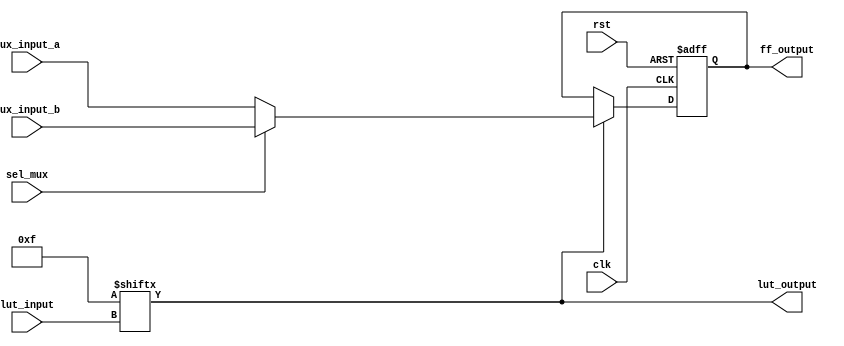
module CLB (
    input wire [3:0] lut_input,     // 4 input for LUT
    input wire [3:0] mux_input_a,    // Input A for MUX
    input wire [3:0] mux_input_b,    // Input B for MUX
    input wire sel_mux,              // Select signal for MUX
    input wire clk,                  // Clock for flip-flops
    input wire rst,                  // Reset signal
    output wire lut_output,          // Output of the LUT
    output reg [3:0] ff_output       // Output from flip-flops
);

    // LUT implementation using a case statement
    reg [15:0] lut;                  // 4-input LUT can have 2^4 = 16 entries

    initial begin
        // Configuring the LUT with a specific truth table (example: AND operation)
        lut = 16'b0000000000001111; // Example: Outputs 1 only when both inputs are 1
    end

    // Combinational logic for LUT output
    assign lut_output = lut[lut_input];

    // Multiplexer logic
    wire [3:0] mux_output;
    assign mux_output = sel_mux ? mux_input_b : mux_input_a;

    // Flip-Flops to store results of LUT output
    always @(posedge clk or posedge rst) begin
        if (rst) begin
            ff_output <= 4'b0; // Reset the output
        end else begin
            ff_output <= lut_output ? mux_output : ff_output; // Storing result based on LUT output
        end
    end

endmodule